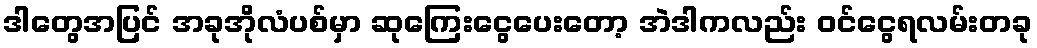
ဒါတွေအပြင် အခုအိုလံပစ်မှာ ဆုကြေးငွေပေးတော့ အဲဒါကလည်း ဝင်ငွေရလမ်းတခု